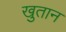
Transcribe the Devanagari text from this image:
खुतान